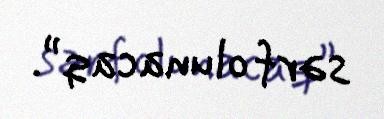
sərf olunacaq”.